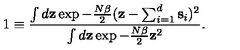
1 \equiv { \frac { \int d { \bf z } \exp - { \frac { N \beta } { 2 } } ( { \bf z } - \sum _ { i = 1 } ^ { d } { \bf s } _ { i } ) ^ { 2 } } { \int d { \bf z } \exp - { \frac { N \beta } { 2 } } { \bf z } ^ { 2 } } } .